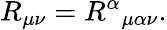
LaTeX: R_{\mu\nu}={R^{\alpha}}_{\mu\alpha\nu}.